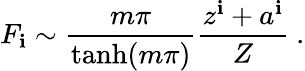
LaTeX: F_{\mathbf{i}}\sim\frac{{m\pi}}{{\operatorname{tanh}(m\pi)}}\frac{{z^{\mathbf{i}}+a^{\mathbf{i}}}}{{Z}}\ .